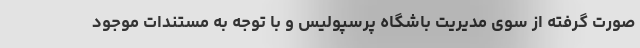
صورت گرفته از سوی مدیریت باشگاه پرسپولیس و با توجه به مستندات موجود